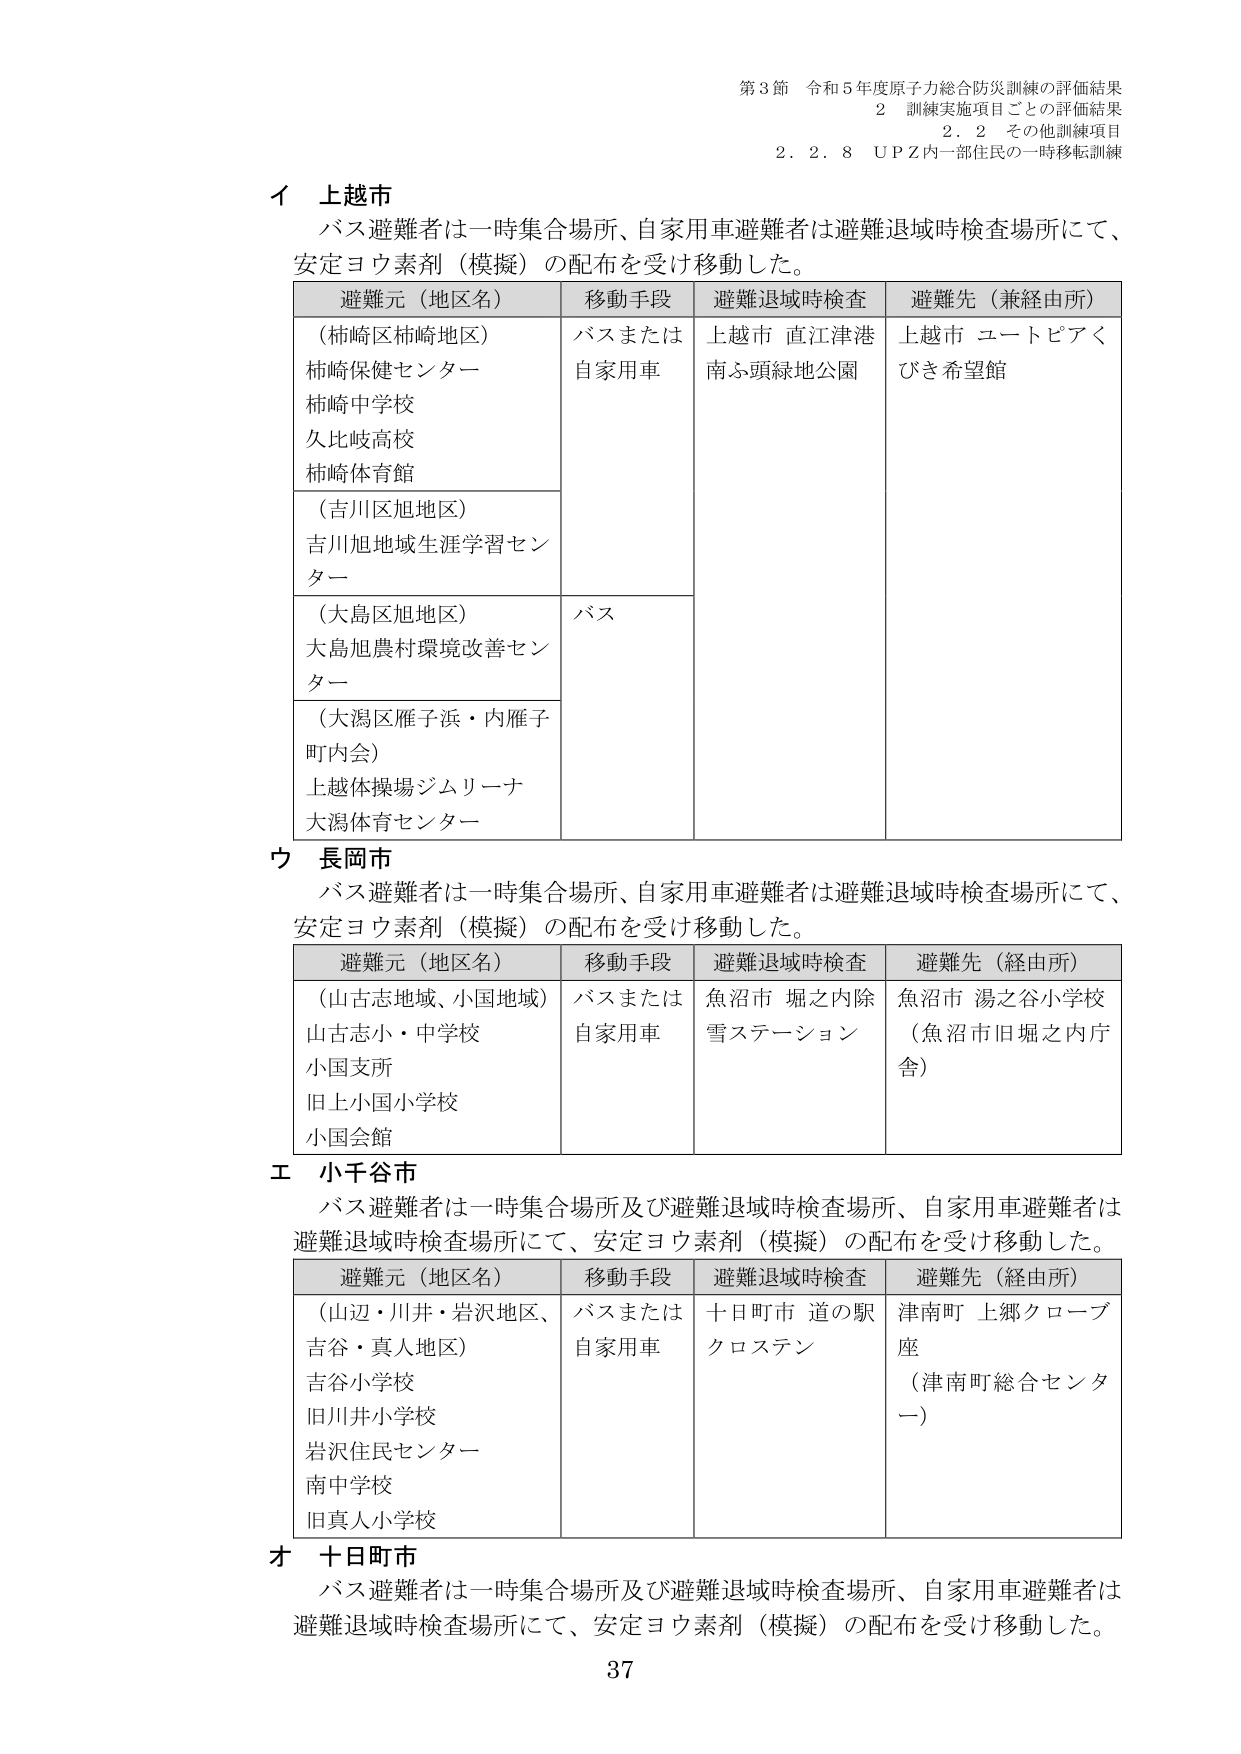
第3節 令和5年度原子力総合防災訓練の評価結果
2 訓練実施項目ごとの評価結果
2.2 その他訓練項目
2.2.8 UPZ内一部住民の一時移転訓練

イ 上越市
バス避難者は一時集合場所、自家用車避難者は避難退域時検査場所にて、
安定ヨウ素剤（模擬）の配布を受け移動した。

| 避難元（地区名） | 移動手段 | 避難退域時検査 | 避難先（兼経由所） |
|------------------|----------|----------------|---------------------|
| （柿崎区柿崎地区）<br>柿崎保健センター<br>柿崎中学校<br>久比岐高校<br>柿崎体育館 | バスまたは自家用車 | 上越市 直江津港<br>南ふ頭緑地公園 | 上越市 ユートピアく<br>びき希望館 |
| （吉川区旭地区）<br>吉川旭地域生涯学習センター | バス | | |
| （大島区旭地区）<br>大島旭農村環境改善センター | | | |
| （大潟区雁子浜・内雁子町内会）<br>上越体操場ジムリーナ<br>大潟体育センター | | | |

ウ 長岡市
バス避難者は一時集合場所、自家用車避難者は避難退域時検査場所にて、
安定ヨウ素剤（模擬）の配布を受け移動した。

| 避難元（地区名） | 移動手段 | 避難退域時検査 | 避難先（経由所） |
|------------------|----------|----------------|---------------------|
| （山古志地域、小国地域）<br>山古志小・中学校<br>小国支所<br>旧上小国小学校<br>小国会館 | バスまたは自家用車 | 魚沼市 堀之内除雪ステーション | 魚沼市 湯之谷小学校<br>（魚沼市旧堀之内庁舎） |

エ 小千谷市
バス避難者は一時集合場所及び避難退域時検査場所、自家用車避難者は
避難退域時検査場所にて、安定ヨウ素剤（模擬）の配布を受け移動した。

| 避難元（地区名） | 移動手段 | 避難退域時検査 | 避難先（経由所） |
|------------------|----------|----------------|---------------------|
| （山辺・川井・岩沢地区、吉谷・真人地区）<br>吉谷小学校<br>旧川井小学校<br>岩沢住民センター<br>南中学校<br>旧真人小学校 | バスまたは自家用車 | 十日町市 道の駅クロステン | 津南町 上郷クローブ座<br>（津南町総合センター） |

オ 十日町市
バス避難者は一時集合場所及び避難退域時検査場所、自家用車避難者は
避難退域時検査場所にて、安定ヨウ素剤（模擬）の配布を受け移動した。

37